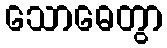
သောဓေတွာ